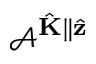
\mathcal { A } ^ { \hat { \mathbf { K } } \parallel \hat { \mathbf { z } } }